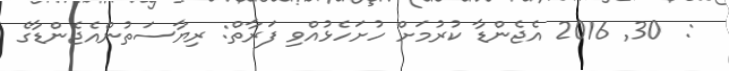
:  30